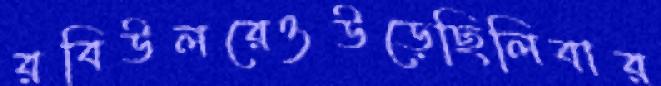
রবিউলরেওউড়েছিলিবার